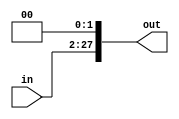
`timescale 1ns / 1ps
//////////////////////////////////////////////////////////////////////////////////
// Company: 
// Engineer: 
// 
// Design Name: 
// Module Name: L2SHIFT
// Project Name: 
// Target Devices: 
// Tool Versions: 
// Description: 
// 
// Dependencies: 
// 
// Revision:
// Revision 0.01 - File Created
// Additional Comments:
// 
//////////////////////////////////////////////////////////////////////////////////


module L2SHIFT1(
    in,out
    );
    
    input wire [25:0] in;
    output wire [27:0] out;
    
    assign out={in,2'b00};
endmodule